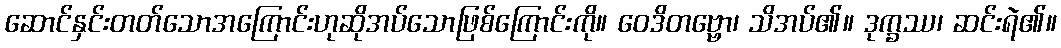
ဆောင်နှင်းတတ်သောအကြောင်းဟုဆိုအပ်သောဖြစ်ကြောင်းကို။ ဝေဒိတဗ္ဗော၊ သိအပ်၏။ ဒုက္ခဿ၊ ဆင်းရဲ၏။